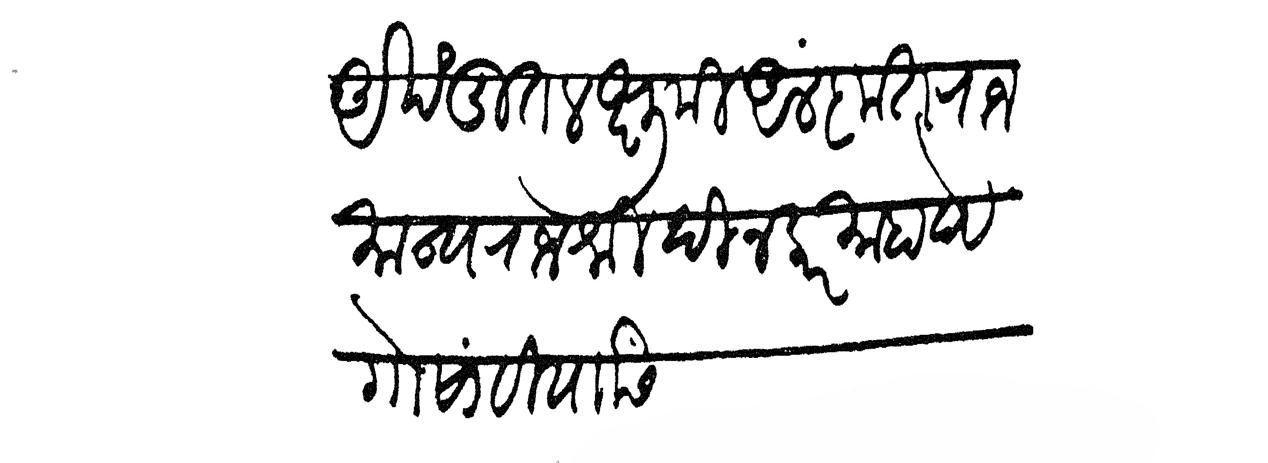
Transliteration (Devanagari): अखंडित लक्षुमी आलंकृत राजमान्य राजश्री दिनकर माहादेव गोसांवी यांसी